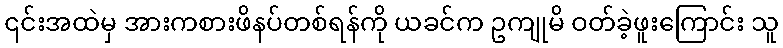
၎င်းအထဲမှ အားကစားဖိနပ်တစ်ရန်ကို ယခင်က ဥကျုမိ ဝတ်ခဲ့ဖူးကြောင်း သူ